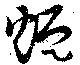
熅